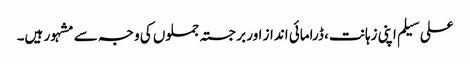
علی سیلم اپنی زہانت، ڈرامائی انداز اور برجستہ جملوں کی وجہ سے مشہور ہیں۔